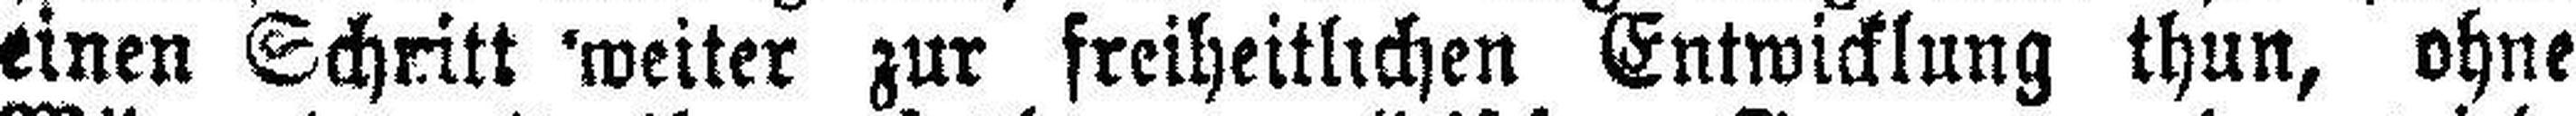
einen Schritt weiter zur freiheitlichen Entwicklung thun, ohne